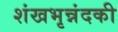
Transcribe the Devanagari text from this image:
शंखभृन्नंदकी